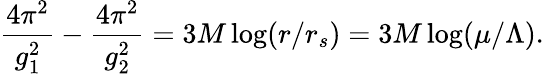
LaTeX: {\frac{4\pi^{2}}{g_{1}^{2}}}-{\frac{4\pi^{2}}{g_{2}^{2}}}=3M\log(r/r_{s})=3M\log(\mu/\Lambda).